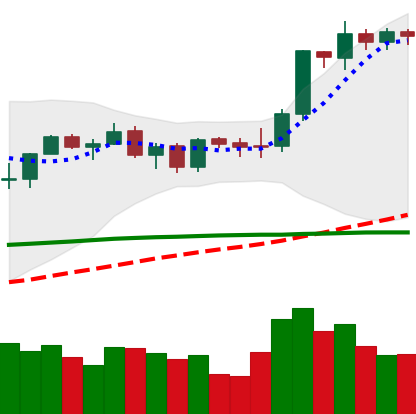
Ticker: ETH-USD
Chart end date: 2021-09-06
Forward return: -16.753%
Label: down_7plus